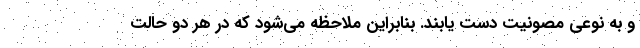
و به نوعی مصونیت دست یابند. بنابراین ملاحظه می‌شود که در هر دو حالت